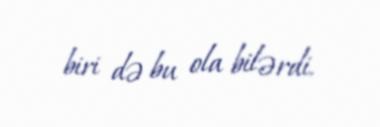
biri də bu ola bilərdi.